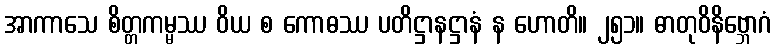
အာကာသေ စိတ္တကမ္မဿ ဝိယ စ ကောဓဿ ပတိဋ္ဌာနဋ္ဌာနံ န ဟောတိ။ ၂၅၁။ ဓာတုဝိနိဗ္ဘောဂံ